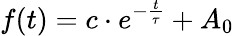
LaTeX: f(t)=c\cdot e^{-\frac{t}{\tau}}+A_{0}